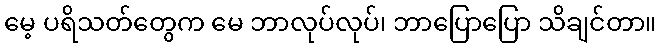
မေ့ ပရိသတ်တွေက မေ ဘာလုပ်လုပ်၊ ဘာပြောပြော သိချင်တာ။